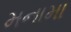
મનામા